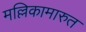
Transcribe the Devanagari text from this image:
मल्लिकामारुत